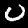
Label: 0